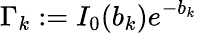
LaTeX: \Gamma_{k}:=I_{0}(b_{k})e^{-b_{k}}